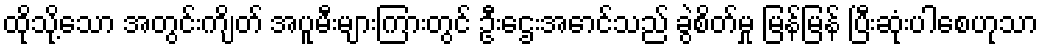
ထိုသို့သော အတွင်းကျိတ် အပူမီးများကြားတွင် ဦးဌေးအောင်သည် ခွဲစိတ်မှု မြန်မြန် ပြီးဆုံးပါစေဟုသာ